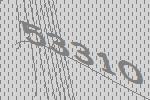
53310